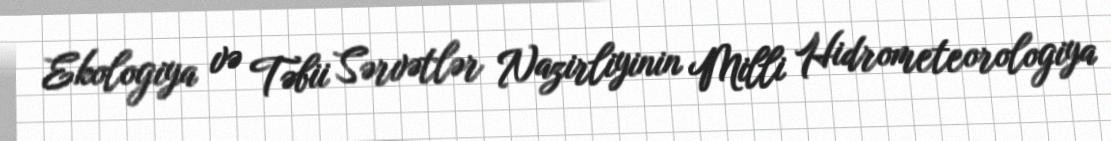
Ekologiya və Təbii Sərvətlər Nazirliyinin Milli Hidrometeorologiya